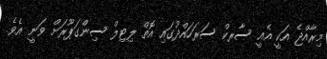
މިރާއްޖެ އަކީ އެއީ ސާރކް ސަރަހައްދުގައި އޮތް ލިޓިލް ސިންގަޕޫރަށް ވަނީ އެވެ.